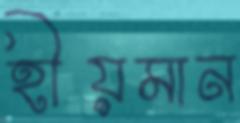
হীয়মান